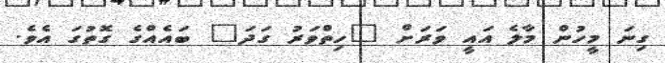
ގިނަ މީހުން މާލެ އައީ ވަރަށް "ހިތްވަރު ގަދަ" ބައެއްގެ ގޮތުގަ އެވެ.